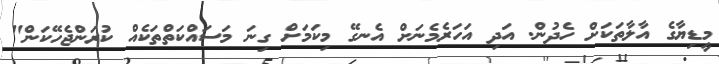
މީޑިޔާގެ އާލާތަކަށް ހެދުން. އަދި އަހަރެމެނަށް އެނގޭ މިކަމަށް ގިނަ މަސައްކަތްތަކެއް ކުރަންޖެހޭކަން"